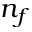
n _ { f }